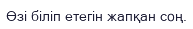
Өзі біліп етегін жапқан соң.